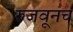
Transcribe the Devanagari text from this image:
रुजवूनच